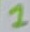
Text: 1